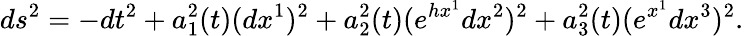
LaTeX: ds^{2}=-dt^{2}+a_{1}^{2}(t)(dx^{1})^{2}+a_{2}^{2}(t)(e^{hx^{1}}dx^{2})^{2}+a_{3}^{2}(t)(e^{x^{1}}dx^{3})^{2}.